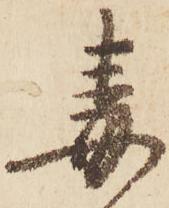
毒